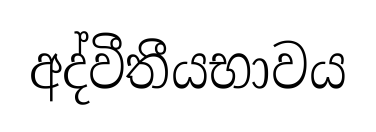
අද්වීතීයභාවය